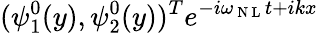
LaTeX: (\psi_{1}^{0}(y),\psi_{2}^{0}(y))^{T}e^{-i\omega_{\mathrm{~N~L~}}t+ikx}